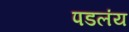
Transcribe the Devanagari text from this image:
पडलंय